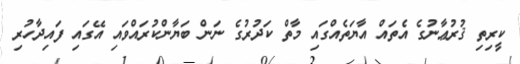
ކީރިތި ޤުރުޢާނުގެ އެތައް އާޔަތެއްގައި މާތް ކަދުރުގެ ނަން ބަޔާންކުރައްވައި އޭގައި ފައިދާހުރި